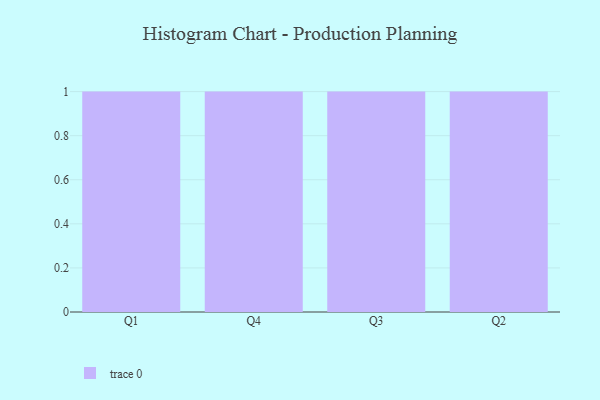
{"axis": {"x": "Quarter", "y": "Shipments"}, "legend": [""], "data": [{"x": "Q1", "y": 17, "type": ""}, {"x": "Q4", "y": 55, "type": ""}, {"x": "Q3", "y": 5, "type": ""}, {"x": "Q2", "y": 66, "type": ""}]}